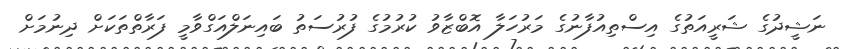
ނަޝީދުގެ ޝަރީއަތުގެ އިސްތިއުފާނުގެ މަރުހަލާ އޮބްޒާވު ކުރުމުގެ ފުރުސަތު ބައިނަލްއަގްވާމީ ފަރާތްތަކަށް ދިނުމަށް